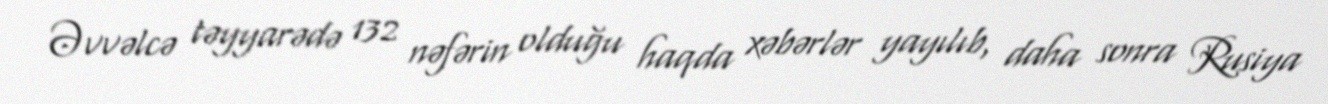
Əvvəlcə təyyarədə 132 nəfərin olduğu haqda xəbərlər yayılıb, daha sonra Rusiya